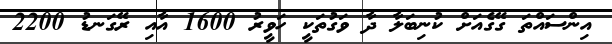
އިންސައްތަ ގޭގެއަށް ކުނިބަލާ ދާ ވަގުތަކީ ހަވީރު 1600 އާއި ރޭގަނޑު 2200